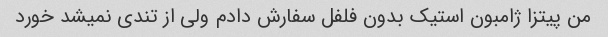
من پیتزا ژامبون استیک بدون فلفل سفارش دادم ولی از تندی نمیشد خورد